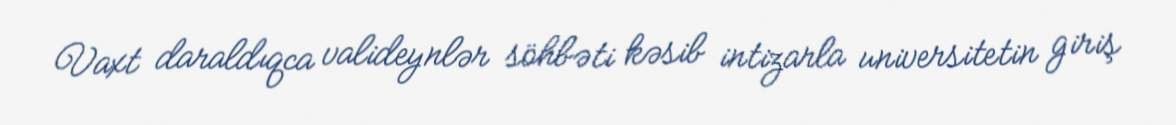
Vaxt daraldıqca valideynlər söhbəti kəsib intizarla universitetin giriş